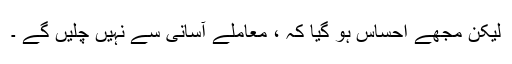
لیکن مجھے احساس ہو گیا کہ ، معاملے آسانی سے نہیں چلیں گے ۔